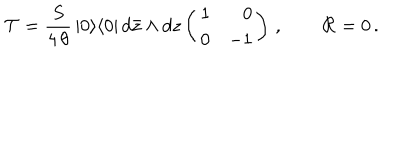
{ \cal T } = \frac { S } { 4 \, \theta } \, | 0 \rangle \langle 0 | \, d \bar { z } \wedge d z \left( \begin{array} { r r } { { 1 } } & { { 0 } } \\ { { 0 } } & { { - 1 } } \\ \end{array} \right) \, , \qquad { \cal R } = 0 \, .